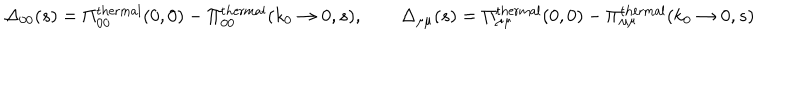
LaTeX: \Delta _ { 0 0 } ( s ) = \Pi _ { 0 0 } ^ { \mathrm { t h e r m a l } } ( 0 , 0 ) - \Pi _ { 0 0 } ^ { \mathrm { t h e r m a l } } ( k _ { 0 } \rightarrow 0 , s ) , \qquad \Delta _ { \mu \mu } ( s ) = \Pi _ { \mu \mu } ^ { \mathrm { t h e r m a l } } ( 0 , 0 ) - \Pi _ { \mu \mu } ^ { \mathrm { t h e r m a l } } ( k _ { 0 } \rightarrow 0 , s )